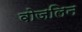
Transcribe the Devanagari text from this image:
वोजलिन